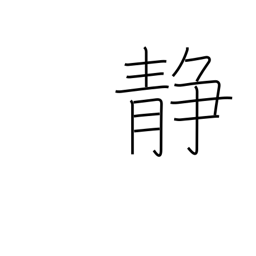
Meaning: quiet